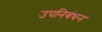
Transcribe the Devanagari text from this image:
उपनिबंधन